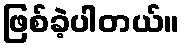
ဖြစ်ခဲ့ပါတယ်။